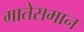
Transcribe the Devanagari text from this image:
मातेसमान